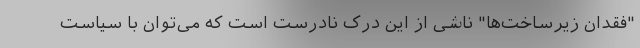
"فقدان زیرساخت‌ها" ناشی از این درک نادرست است که می‌توان با سیاست